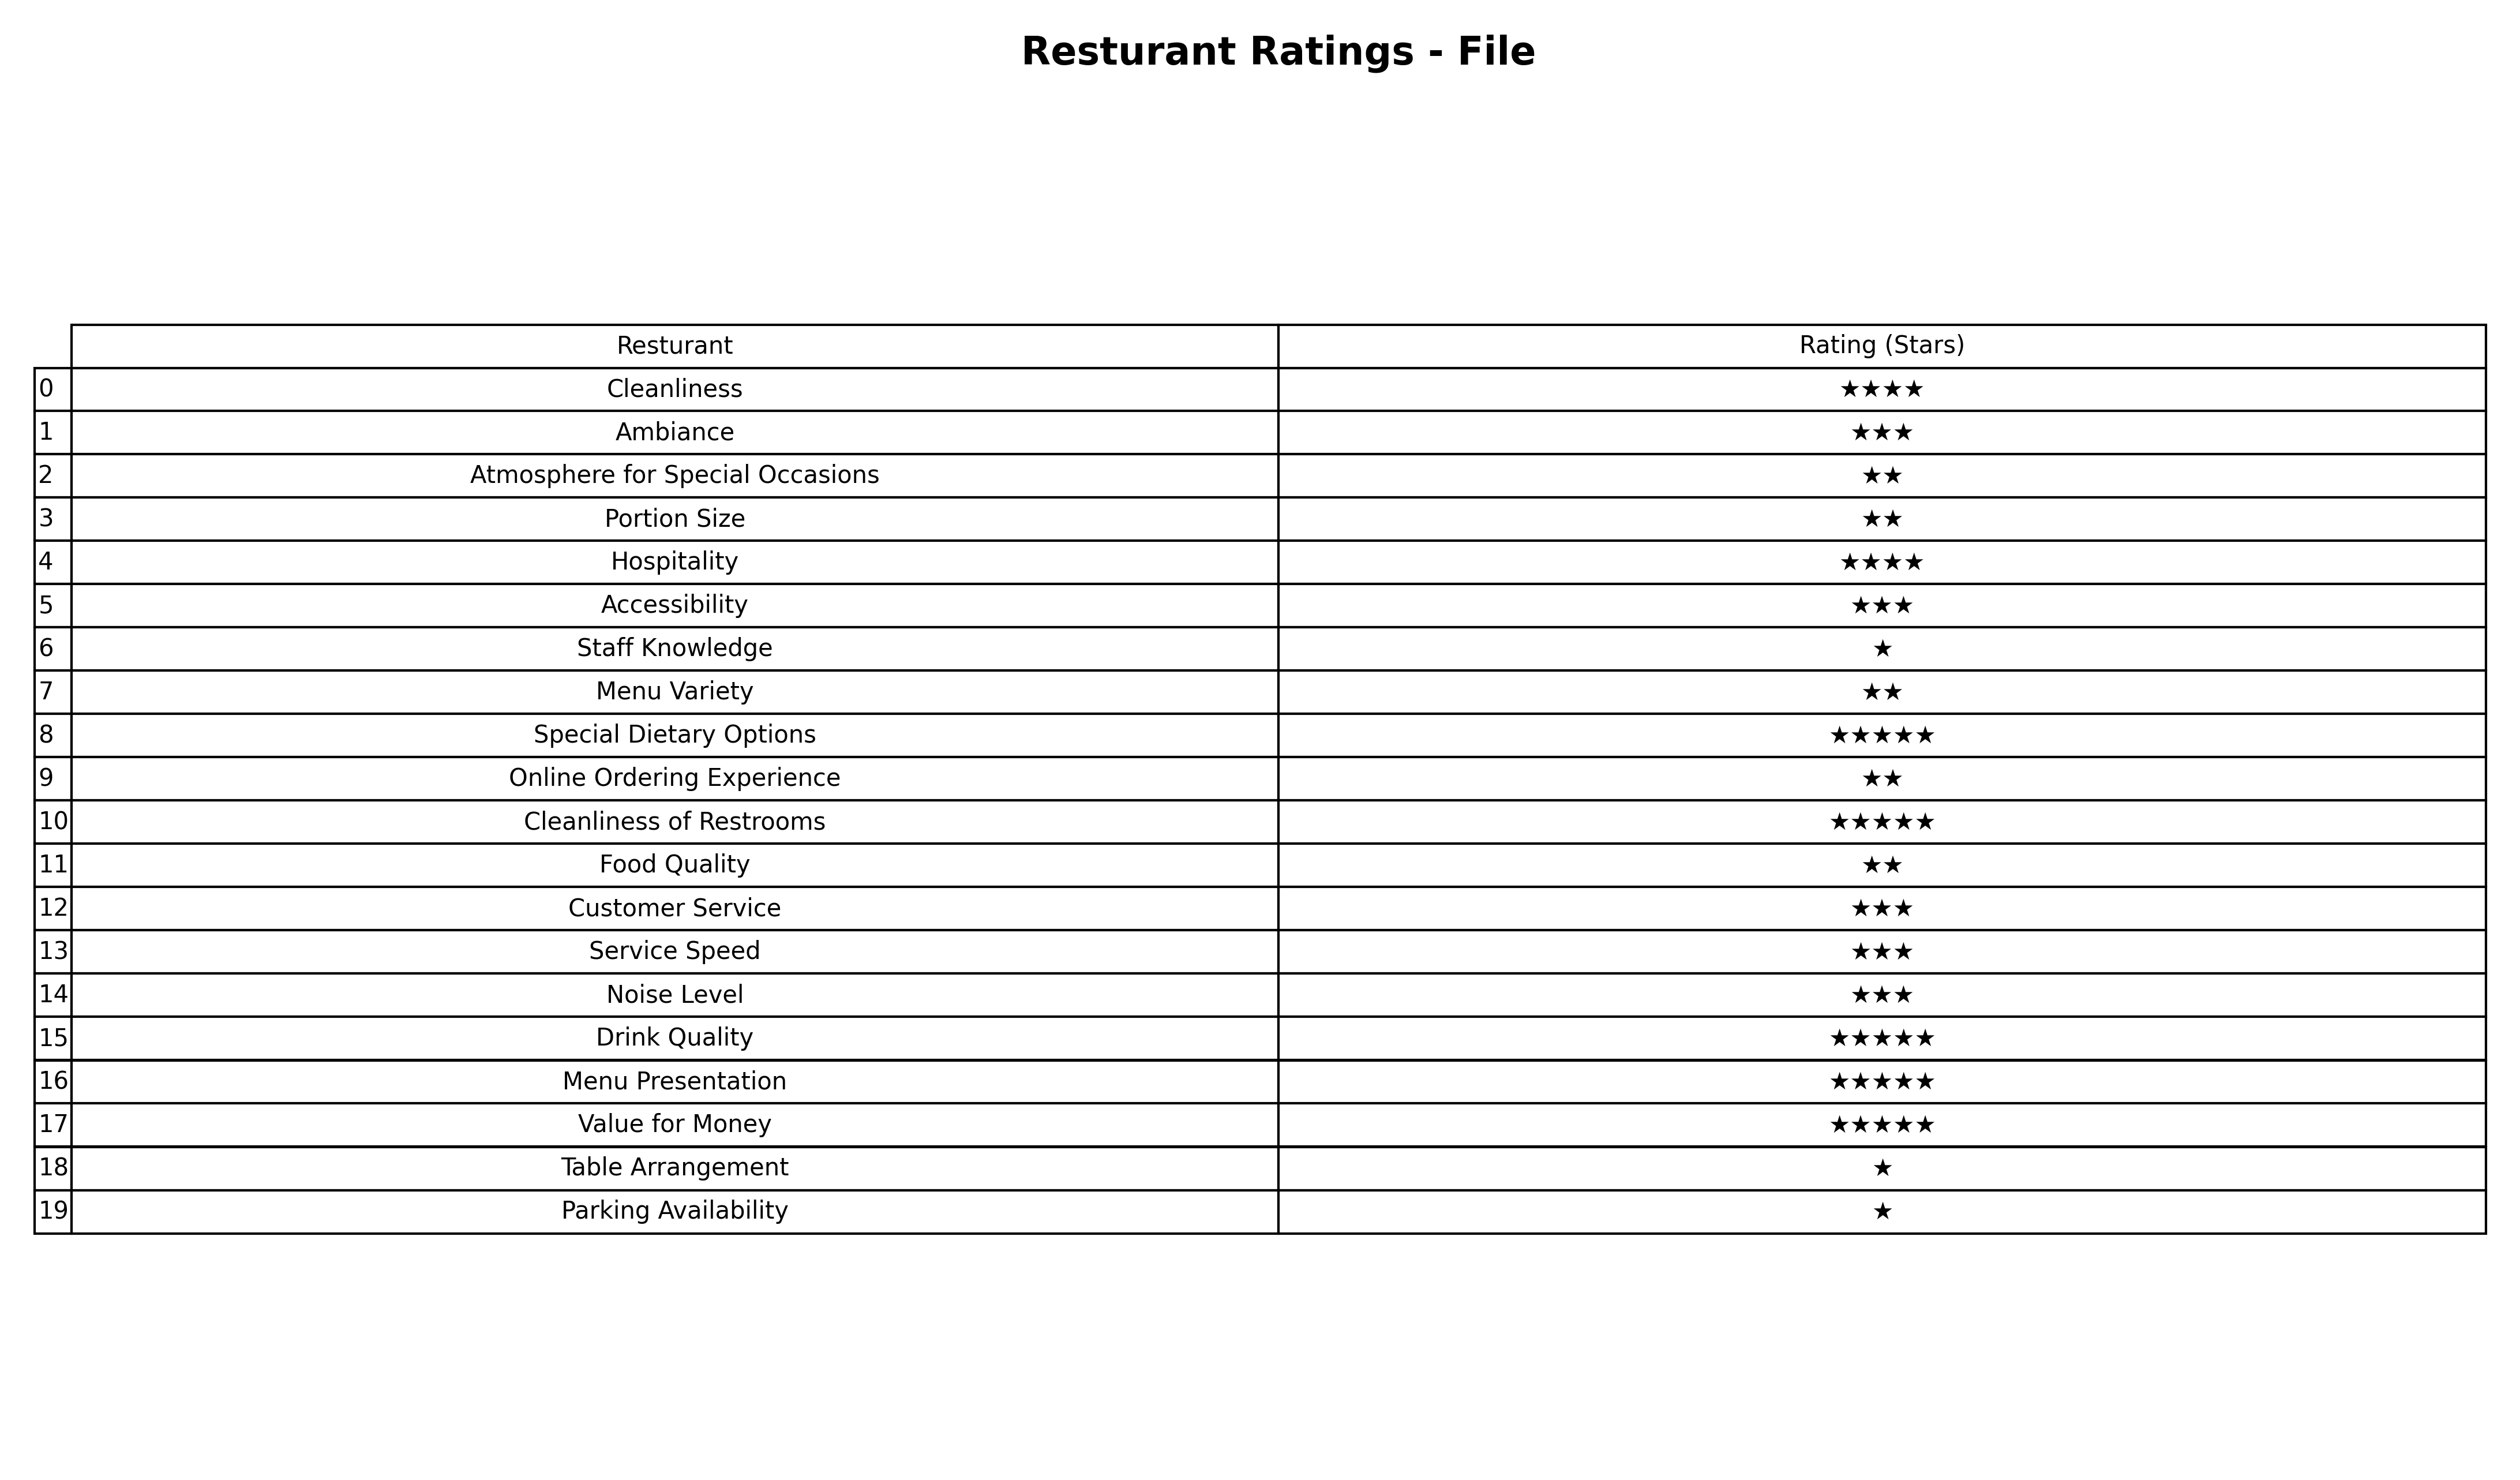
question: What are five star services?
answer: Special Dietary OptionsCleanliness of RestroomsDrink QualityMenu PresentationValue for Money